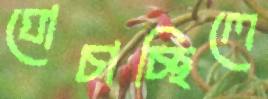
ঘোচাচ্ছিলে